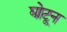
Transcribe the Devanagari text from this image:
घोटून